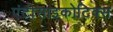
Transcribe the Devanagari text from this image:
एंटीसाइकोटिक्स